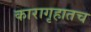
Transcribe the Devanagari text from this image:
कारागृहातच